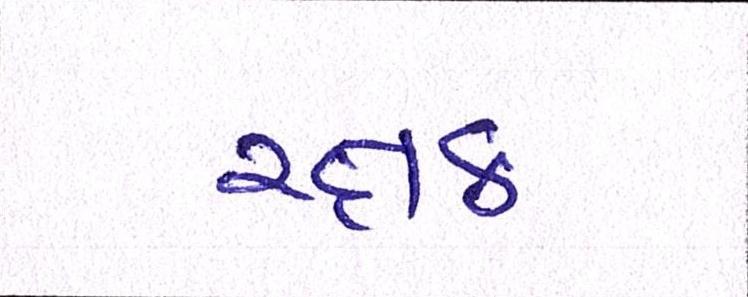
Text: રક્ષક